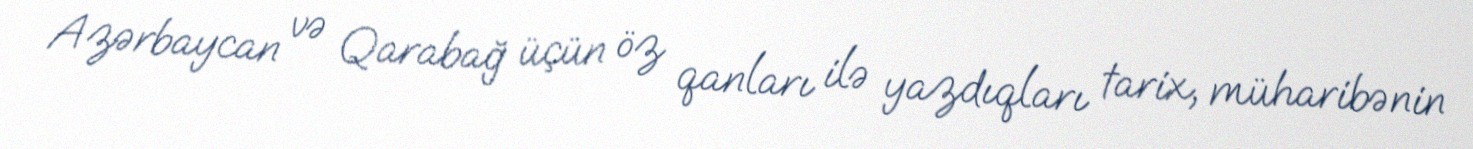
Azərbaycan və Qarabağ üçün öz qanları ilə yazdıqları tarix, müharibənin